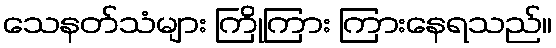
သေနတ်သံများ ကြိုကြား ကြားနေရသည်။